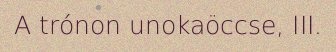
A trónon unokaöccse, III.